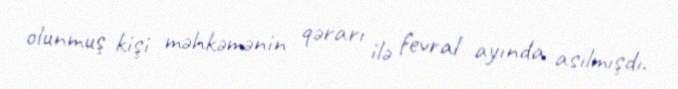
olunmuş kişi məhkəmənin qərarı ilə fevral ayında asılmışdı.